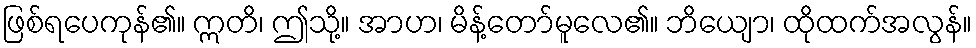
ဖြစ်ရပေကုန်၏။ ဣတိ၊ ဤသို့။ အာဟ၊ မိန့်တော်မူလေ၏။ ဘိယျော၊ ထိုထက်အလွန်။